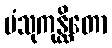
ပံသုကုန္ထိတော